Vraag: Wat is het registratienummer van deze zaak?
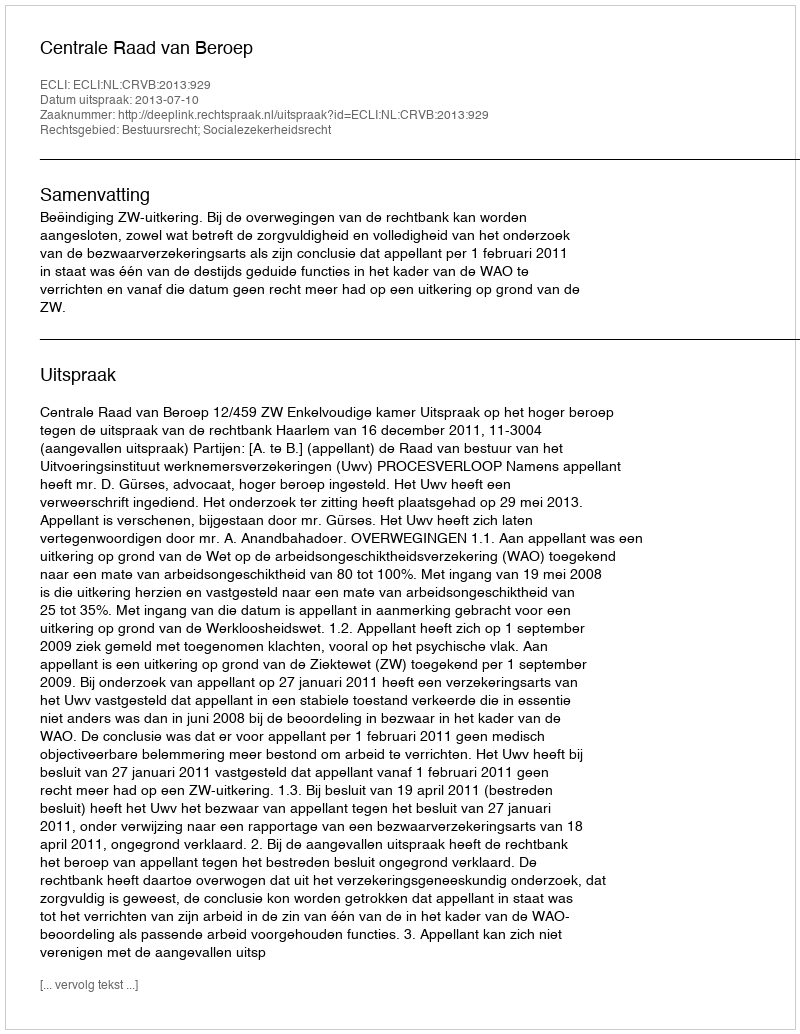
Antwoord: http://deeplink.rechtspraak.nl/uitspraak?id=ECLI:NL:CRVB:2013:929